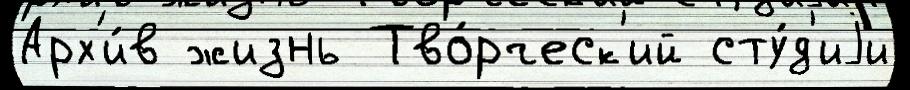
Арх'и́в жизнь Тво́рческ'ий сту́д'иjи